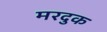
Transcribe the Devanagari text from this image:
मरदुक